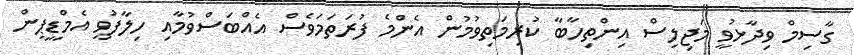
ގާސިމް ވިދާޅުވީ މަޖިލިސް އިންތިހާބާ ކުރިމަތިވުމުން އެންމެ ފުރަތަމަވެސް އެއްބަސްވުމާއި ހިލާފުވީ އެމްޑީޕީން